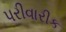
પરીવારીક